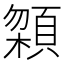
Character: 𩓬